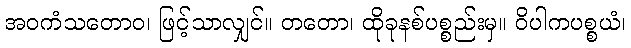
အဝကံသတောဝ၊ ဖြင့်သာလျှင်။ တတော၊ ထိုခုနစ်ပစ္စည်းမှ။ ဝိပါကပစ္စယံ၊